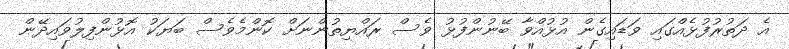
އެ ދަތުރުފުޅެއްގައި ވަޑައިގެން އުޅުއްވާ ބޭނުންފުޅު ވެސް ރައްޔިތުންނަށް ކޮންމެވެސް ބަޔަކު އޮޅުންފިލުވައިދޭން